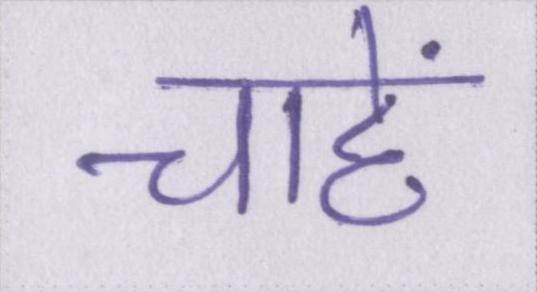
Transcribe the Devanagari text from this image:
चाहें